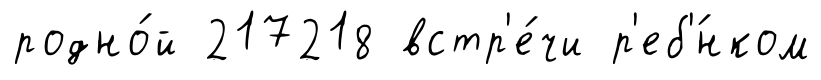
родно́й 217218 встр'е́чи р'еб'́нком